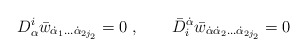
\begin{align*} D^i_\alpha \bar w_{\dot\alpha_1\ldots\dot\alpha_{2j_2}}=0\;, \qquad \bar D_i^{\dot\alpha}\bar w_{\dot\alpha\dot\alpha_2\ldots\dot\alpha_{2j_2}}=0\end{align*}